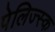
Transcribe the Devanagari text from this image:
पेलिज्स्क